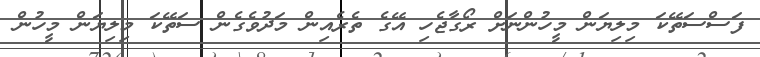
ފަސްސަތޭކަ މިލިޔަން މީހުންނަށް ރޯގާޖެހި އޭގެ ތެރެއިން މަދުވެގެން ސަތޭކަ މިލިޔަން މީހުން